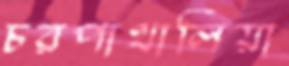
চরপাথালিয়া